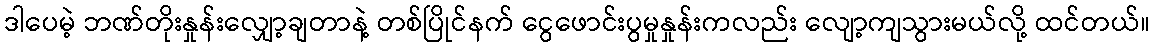
ဒါပေမဲ့ ဘဏ်တိုးနှုန်းလျှော့ချတာနဲ့ တစ်ပြိုင်နက် ငွေဖောင်းပွမှုနှုန်းကလည်း လျော့ကျသွားမယ်လို့ ထင်တယ်။